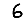
Digit: 6